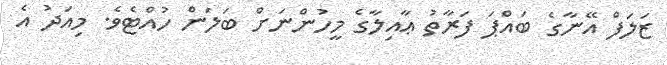
ޒަލަފް އޭނާގެ ބައްޕަ ފަރާތު ޢާއިލާގެ މީހުންނަށް ބަލަން ހުއްޓެވެ. މިއަދު އެ